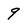
Character: 9